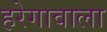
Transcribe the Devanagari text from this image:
हरेगावाला